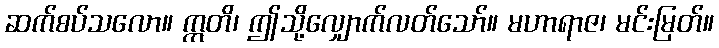
ဆက်စပ်သလော။ ဣတိ၊ ဤသို့လျှောက်လတ်သော်။ မဟာရာဇ၊ မင်းမြတ်။